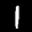
Label: 1